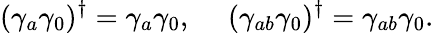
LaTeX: (\gamma_{a}\gamma_{0})^{\dagger}=\gamma_{a}\gamma_{0},\ \ \ \ \ (\gamma_{ab}\gamma_{0})^{\dagger}=\gamma_{ab}\gamma_{0}.